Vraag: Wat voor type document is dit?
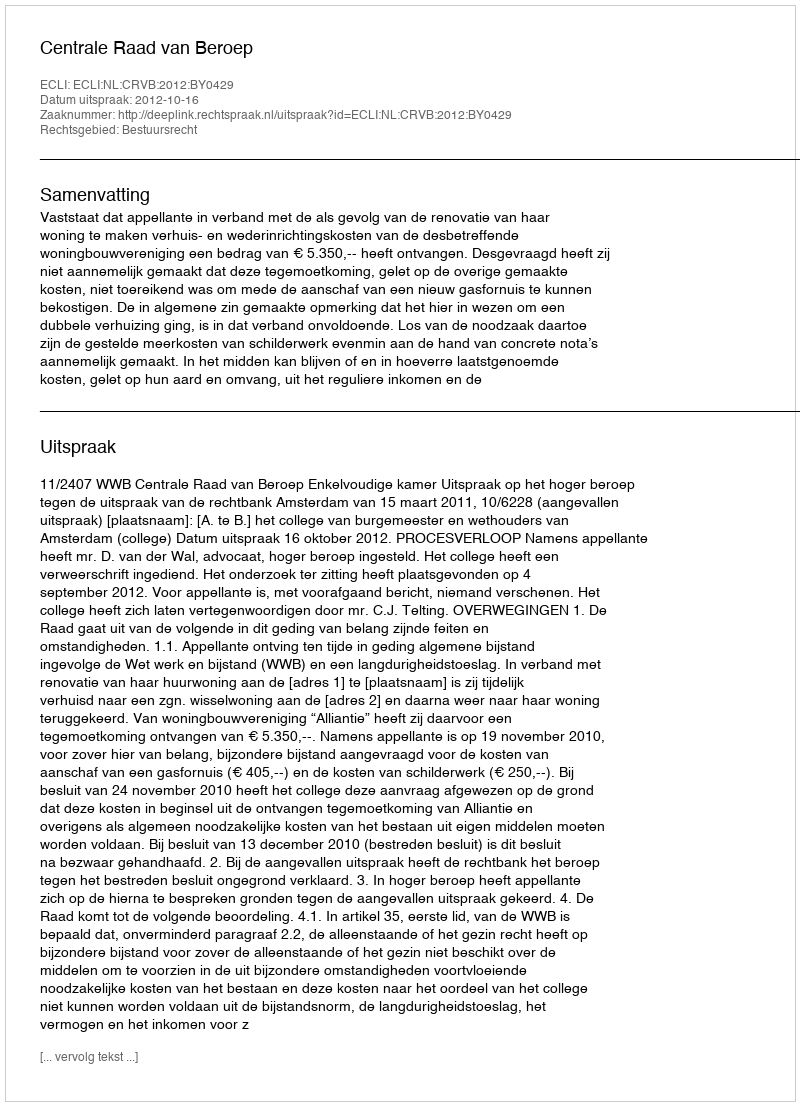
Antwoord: Uitspraak